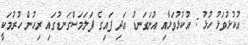
އުކުޅުވަޅު ހުޅު : އުކުޅުވަޅާއި އުނަގަނޑު އަދި ފައިގެ ފަލަމަސްގަނޑުގައި ރިހުން ހުރުމަކީ